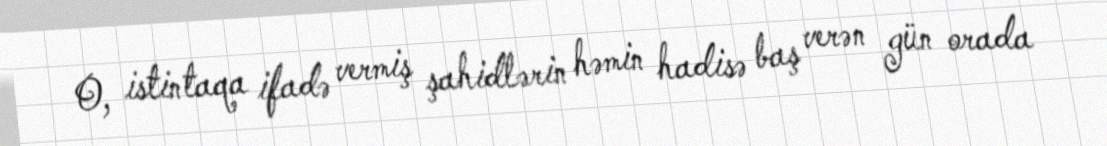
O, istintaqa ifadə vermiş şahidlərin həmin hadisə baş verən gün orada